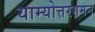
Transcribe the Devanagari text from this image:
याम्योत्तरगमन